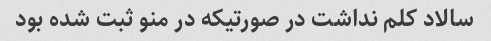
سالاد کلم نداشت در صورتیکه در منو ثبت شده بود